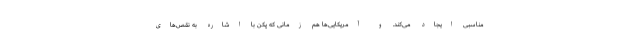
مناسبی ایجاد می‌کند. و آمریکایی‌ها هم زمانی که پکن با اشاره به نقص‌های